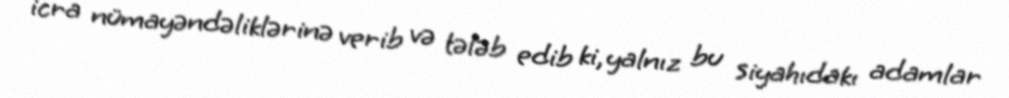
icra nümayəndəliklərinə verib və tələb edib ki, yalnız bu siyahıdakı adamlar